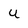
Character: u